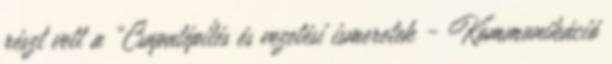
részt vett a „Csapatépítés és vezetési ismeretek - Kommunikáció